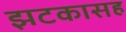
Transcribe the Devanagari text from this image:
झटकासह